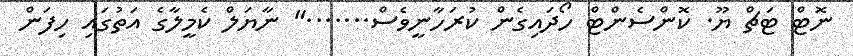
ނޮޓް ޓަޗް ޔޫ. ކޮންސެންޓް ހޯދައިގެން ކުރަހާނީވެސް......." ނާޔަލް ކެމީލާގެ އަތުގައި ހިފަން